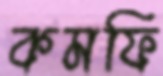
কমফি